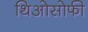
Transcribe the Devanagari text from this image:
थिओसोफी